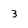
Character: 3